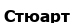
Стюарт